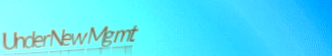
UnderNewMgmt